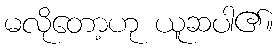
မလိုတော့ဟု ယူဆပါ၏။